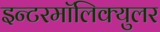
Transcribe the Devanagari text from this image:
इन्टरमॉलिक्युलर